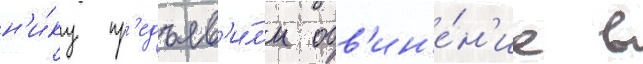
н'и́ку пр'едъяв'и́л'и обв'ин'е́н'ие в